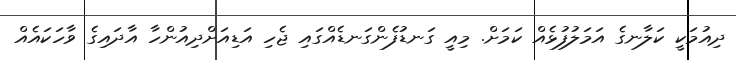
ދިއުމަކީ ކަލާނގެ އަމަލުފުޅެއް ކަމަށް. މިއީ ގަނޑުފެންގަނޑެއްގައި ޖެހި އަޑިއަށްދިއުންހާ އާދައިގެ ވާހަކައެއް